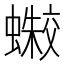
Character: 𰳛